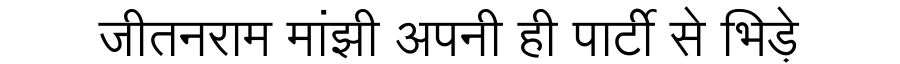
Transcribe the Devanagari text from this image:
जीतनराम मांझी अपनी ही पार्टी से भिड़े